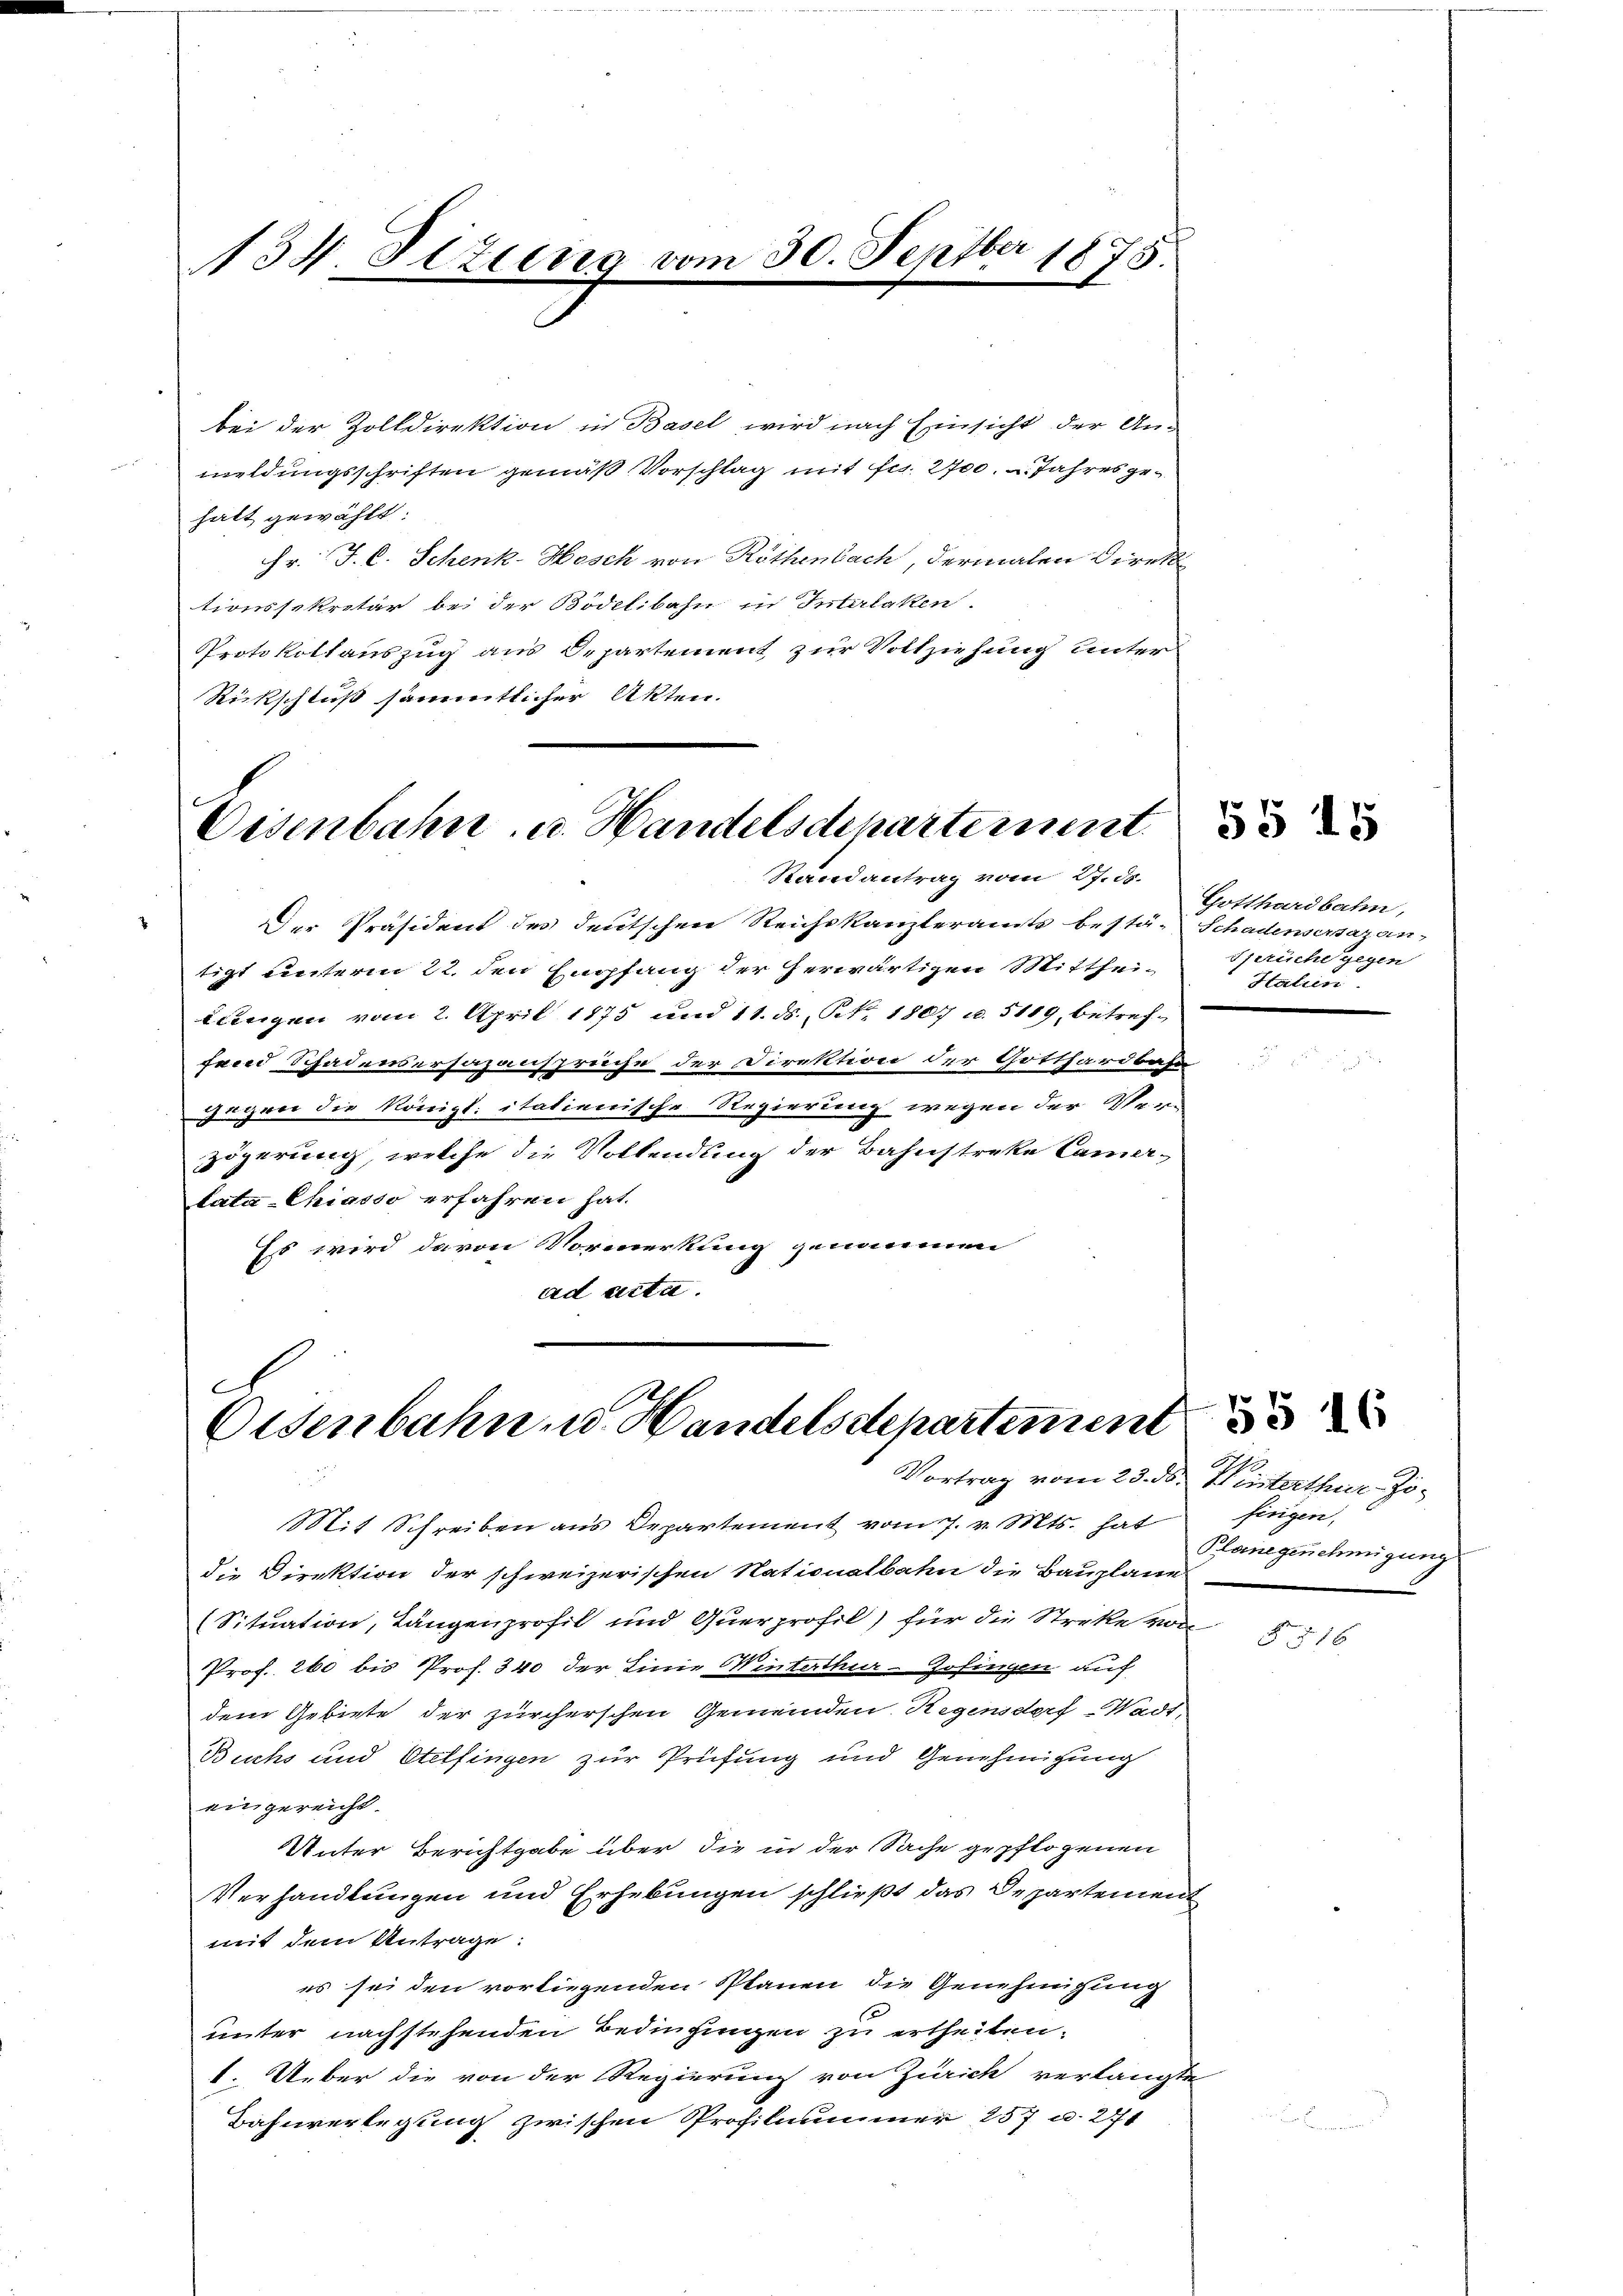
134. Stzung vom 30. Septber 1875.

bei der Zolldirektion in Basel wird nach Einsicht der An-
meldungsschriften gemäß Vorschlag mit Fr. 2700. Jahres gehatt gewählt:
Hr. J. C. Schenk-Hesch von Röthenbach, dermalen Direkt
tionssekretär bei der Bödelibahn in Interlaken.
Protokollauszug aus Departement zur Vollziehung unter
Rückschluß sämmtlicher Akten.

Eisenbahn u. Handelsdchartement
Randantrag vom 27. ds.

Der Präsident des deutschen Reichskanzleramts bestä-Schadensersazan-
tigt unterm 22. den Empfang der herwärtigen Mitthei¬
Lungen vom 2. April 1875 und 11. ds. Art. 1807 u. 5119, betref-
fein Schadensersazansprüche der Direktion der Gotthardbahn
gegen die Königl. italienische Regierung wegen der Veru
zögerung, welche die Vollendung der Bahnstreke Camer-
lata-Chiasso erfahren hat.
Es wird davon Vormerkung genommen
ad acta.

C
Osenbahn u. Handelsstepartement
Vortrag vom 23. ds. Winterthur Jo¬

Gotthardbahn,
Sprüche gegen
Halein

Mit Schreiben aus Departement vom 7. v. Mts. hat
die Direktion der schweizerischen Nationalbahn die Bauplanes
(Situation, Längenprofil und Querprofil) für die Streke von
Prof. 260 bis Prof. 340 der Linie Winterthur-Gofingen auf
dem Gebiete der zürcherschen Gemeinden Regensdorf Wadt,
Buchs und Otelfingen zur Prüfung und Genehmigung
eingereicht.
Unter Berichtgabe über die in der Sache gepflogenen
Verhandlungen und Erhebungen schließt das Departement
mit dem Antrage:
es sei den vorliegenden Planen die Genehmigung
unter nachstehenden Bedingungen zu ertheilen.
. Ueber die von der Regierung von Zürich verlangte
Bahnverlegung zwischen Profilnummer 257 u. 271

55 45

fingen,
Planegenehmigung

55 16

§ 516